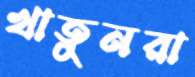
খাতুনরা